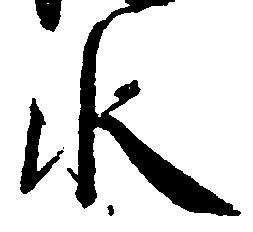
水